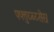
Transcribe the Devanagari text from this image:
फ्फ्त्तुय्ब्य्सेस्र